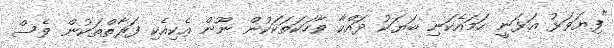
"ފިޔަވަޅު އަޅަނީ ހަމައެކަނި ބަޔަކު ދައްކާ ވާހަކަތަކަކުން ނޫން އެކިއެކި ފަރާތްތަކުން ވެސް